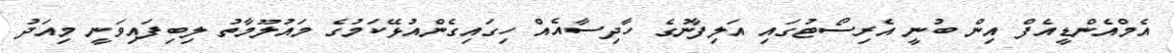
އެމްއެންޑީއެފް އިން ބުނީ އެރިސޯޓުގައި އަލިފާނުގެ ހާދިސާއެއް ހިގައިގެންއުޅޭކަމުގެ މައުލޫމާތު ލިބިފައިވަނީ މިއަދު